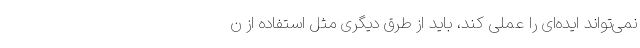
نمی‌تواند ایده‌ای را عملی کند، باید از طرق دیگری مثل استفاده از ن